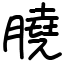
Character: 膮